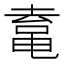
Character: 𱋿